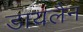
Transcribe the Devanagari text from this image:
डायलैन